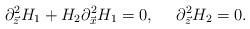
LaTeX: \begin{align*}\partial^2_{\vec{z}}H_1+H_2\partial^2_{\vec{x}}H_1=0, \ \ \ \ \partial^2_{\vec{z}}H_2=0.\end{align*}